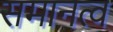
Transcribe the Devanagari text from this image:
समानत्व